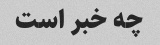
چه خبر است